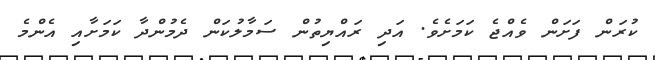
ކުރަން ފަށަން ވެއްޖެ ކަމަށެވެ. އަދި ރައްޔިތުން ސަމާލުކަން ދެމުންދާ ކަމަށާއި އެންމެ